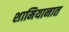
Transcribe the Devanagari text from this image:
शामियानात